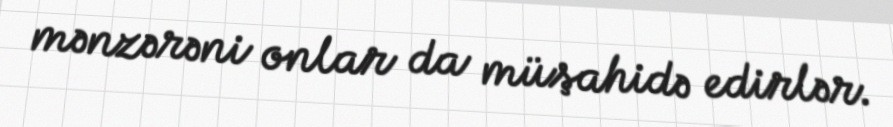
mənzərəni onlar da müşahidə edirlər.